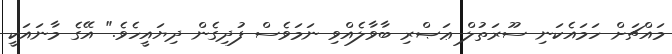
މައްޗަށް ހަމައެކަނި ސޫރަތުލް ޢަޞްރި ބާވާލެއްވި ނަމަވެސް ފުދިގެން ދިޔައީހެވެ." އޭގެ މާނައަކީ